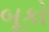
બૂકો